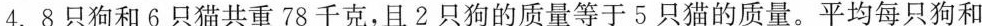
4. 8只狗和6只猫共重78千克，且2只狗的质量等于5只猫的质量。平均每只狗和